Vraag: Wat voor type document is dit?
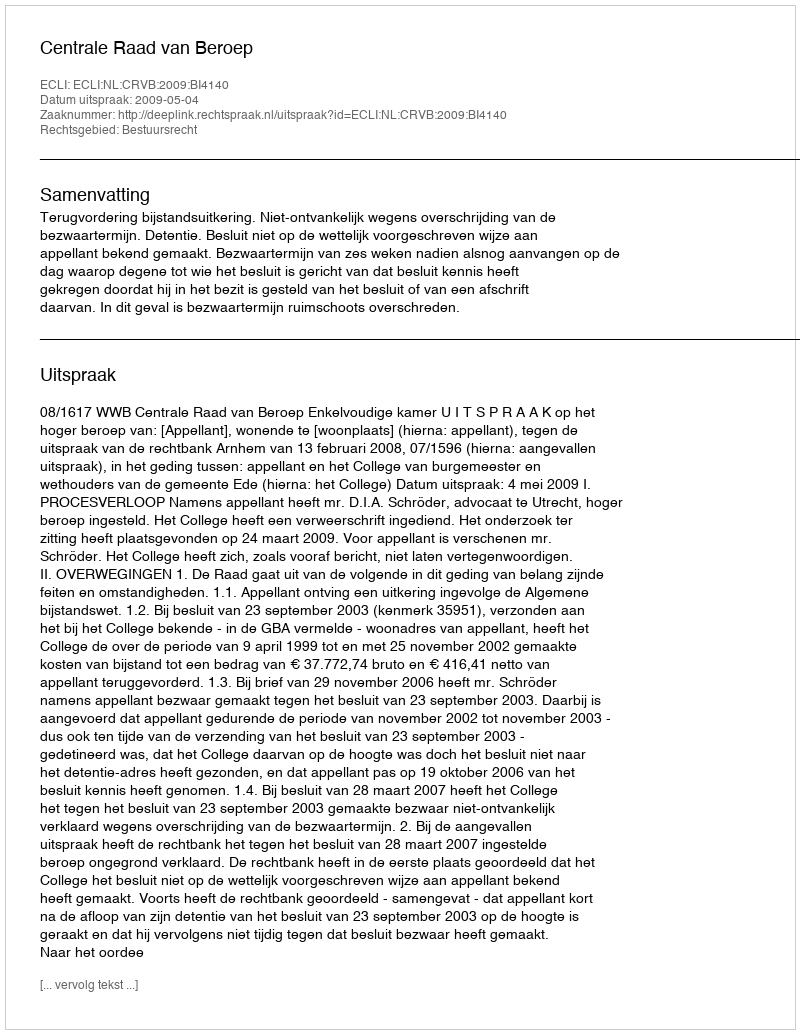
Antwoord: Uitspraak